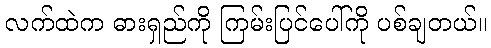
လက်ထဲက ဓားရှည်ကို ကြမ်းပြင်ပေါ်ကို ပစ်ချတယ်။